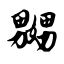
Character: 嬲